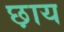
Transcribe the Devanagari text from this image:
छ़ाय